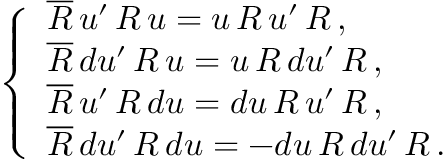
\left\{ \begin{array} { l } { { \overline { { { R } } } \, u ^ { \prime } \, R \, u = u \, R \, u ^ { \prime } \, R \, , } } \\ { { \overline { { { R } } } \, d u ^ { \prime } \, R \, u = u \, R \, d u ^ { \prime } \, R \, , } } \\ { { \overline { { { R } } } \, u ^ { \prime } \, R \, d u = d u \, R \, u ^ { \prime } \, R \, , } } \\ { { \overline { { { R } } } \, d u ^ { \prime } \, R \, d u = - d u \, R \, d u ^ { \prime } \, R \, . } } \end{array} \right.